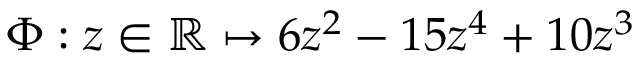
\Phi : z \in \mathbb { R } \mapsto 6 z ^ { 2 } - 1 5 z ^ { 4 } + 1 0 z ^ { 3 }